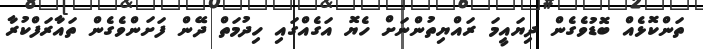
ތަންކޮޅެއް ބޮޑުވެގެން ދިޔައީމަ ރައްޔިތުންނަށް ހެޔޮ އަގެއްގައި ހިދުމަތް ދޭން ފަށަންވެގެން ތައާރަފްކުރާ